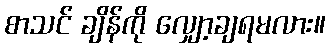
စာသင် ချိန်ကို လျှော့ချရမလား။